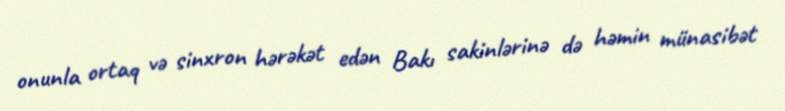
onunla ortaq və sinxron hərəkət edən Bakı sakinlərinə də həmin münasibət